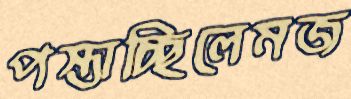
পস্তাচ্ছিলেমজ